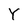
Character: Y